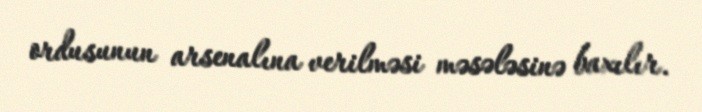
ordusunun arsenalına verilməsi məsələsinə baxılır.